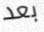
بعد